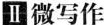
Ⅱ微写作